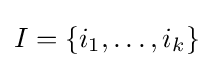
I=\{i_{1},\ldots ,i_{k}\}